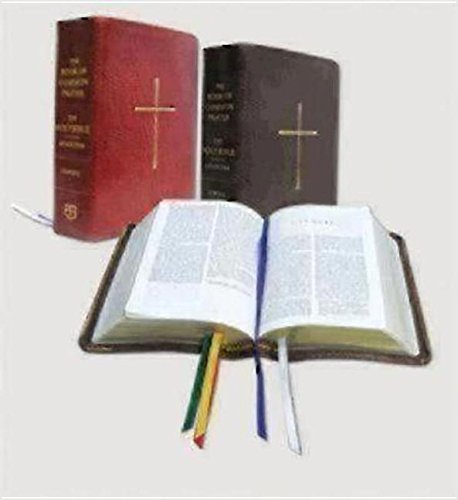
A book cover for The Book of Common Prayer & the Holy Bible, NRSV, Black; Church Publishing; Christian Books & Bibles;